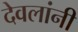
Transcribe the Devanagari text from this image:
देवलांनी